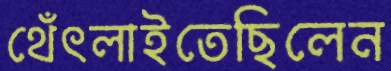
থেঁৎলাইতেছিলেন